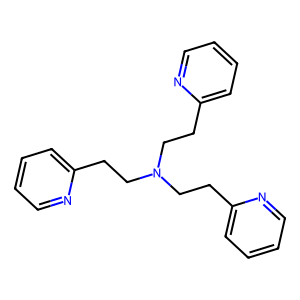
SMILES: c1ccc(CCN(CCc2ccccn2)CCc2ccccn2)nc1
Inhibits HIV replication: No